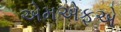
એમએફએ